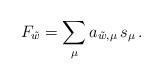
LaTeX: \begin{align*}F_{\tilde w} = \sum_{\mu} a_{\tilde w,\mu} \,s_\mu\,.\end{align*}